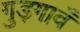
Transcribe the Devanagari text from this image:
गुड़गावँ